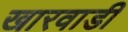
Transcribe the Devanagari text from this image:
खारवाडी